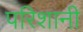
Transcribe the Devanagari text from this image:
परिशानी